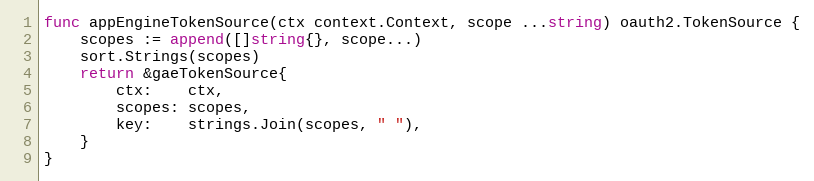
Language: Go
func appEngineTokenSource(ctx context.Context, scope ...string) oauth2.TokenSource {
	scopes := append([]string{}, scope...)
	sort.Strings(scopes)
	return &gaeTokenSource{
		ctx:    ctx,
		scopes: scopes,
		key:    strings.Join(scopes, " "),
	}
}